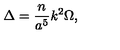
\Delta = { \frac { n } { a ^ { 5 } } } k ^ { 2 } \Omega ,